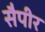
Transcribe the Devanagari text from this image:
सैपीर